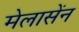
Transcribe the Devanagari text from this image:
मेलासेंन